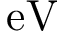
\mathrm { e V }